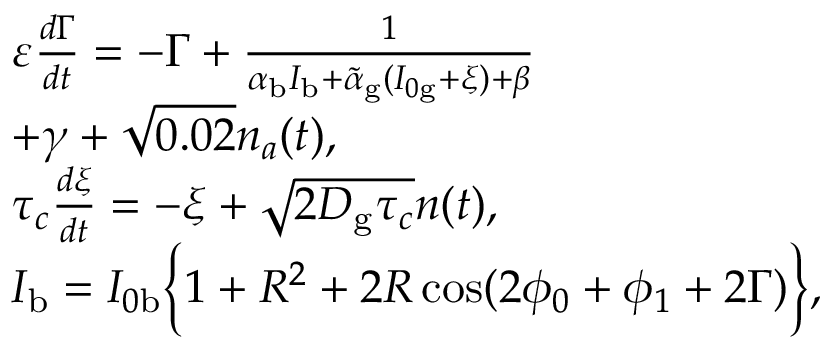
\begin{array} { l } { \varepsilon \frac { d \Gamma } { d t } = - \Gamma + \frac { 1 } { \alpha _ { \mathrm { b } } I _ { \mathrm { b } } + \tilde { \alpha } _ { \mathrm { g } } ( I _ { 0 \mathrm { g } } + \xi ) + \beta } } \\ { + \gamma + \sqrt { 0 . 0 2 } n _ { a } ( t ) , } \\ { \tau _ { c } \frac { d \xi } { d t } = - \xi + \sqrt { 2 D _ { \mathrm { g } } \tau _ { c } } n ( t ) , } \\ { I _ { \mathrm { b } } = I _ { 0 \mathrm { b } } \Big \{ 1 + R ^ { 2 } + 2 R \cos ( 2 \phi _ { 0 } + \phi _ { 1 } + 2 \Gamma ) \Big \} , } \end{array}